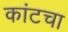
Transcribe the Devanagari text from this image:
कांटचा